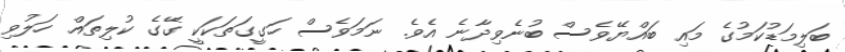
ބަލިމަޑުކަމުގެ މައި ބައްޔޭވެސް ބުނެވިދާނެ އެވެ. ނަމަވެސް ހަގީގަތަކަކީ ގޭގެ ކުލިތައް ހަލުވި